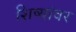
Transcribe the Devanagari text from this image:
शिष्यांवर